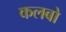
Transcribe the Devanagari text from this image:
कलबो